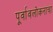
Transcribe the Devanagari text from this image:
पूर्वावलोकनाचा